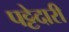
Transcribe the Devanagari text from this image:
पट्टेदारी